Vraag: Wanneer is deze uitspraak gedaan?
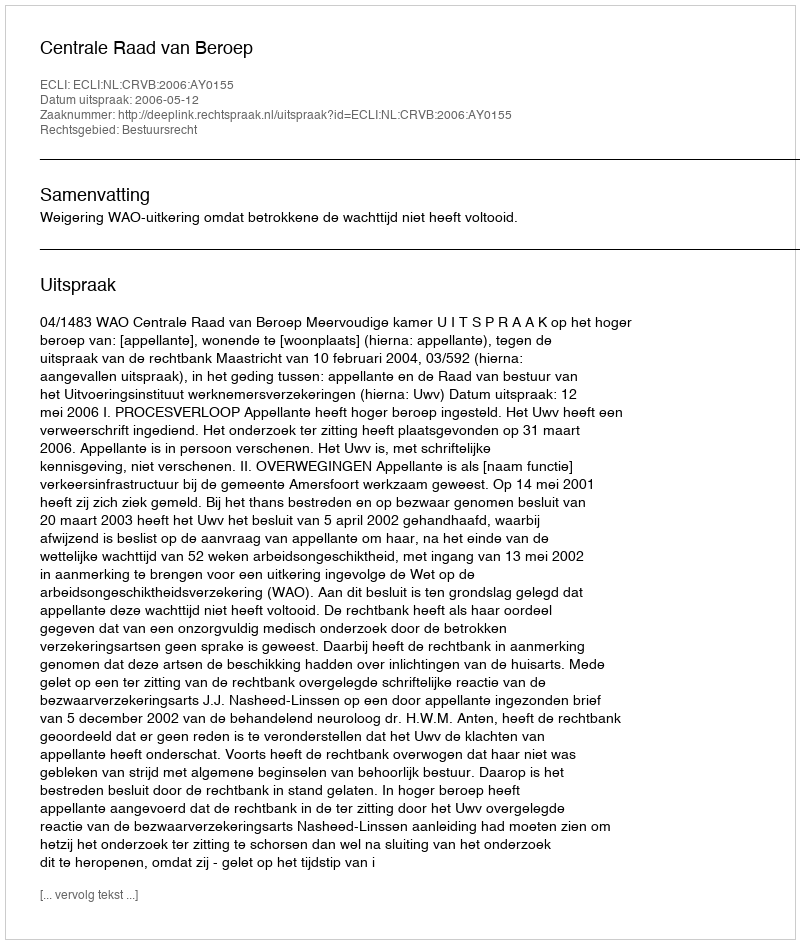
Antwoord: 2006-05-12